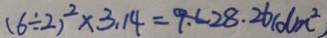
( 6 \div 2 ) ^ { 2 } \times 3 . 1 4 = 9 . C 2 8 . 2 6 ( d m ^ { 2 } )